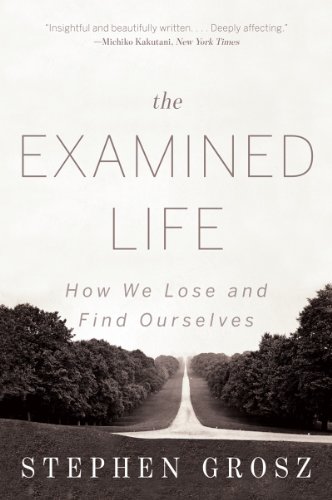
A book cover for The Examined Life: How We Lose and Find Ourselves; Stephen Grosz; Medical Books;